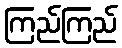
ကြည်ကြည်